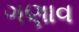
ગણાવ